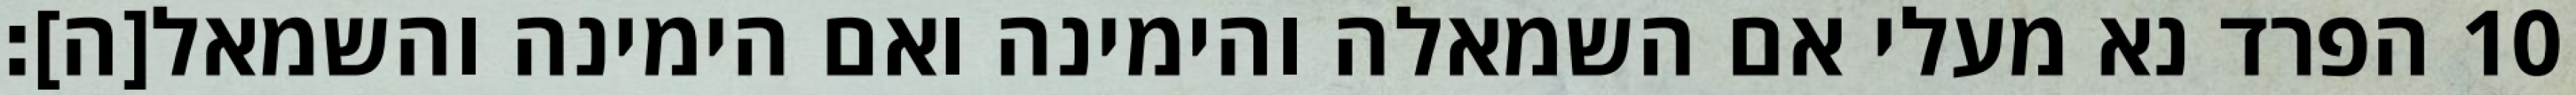
הפרד נא מעלי אם השמאלה והימינה ואם הימינה והשמאל[ה]׃ ‎10‏